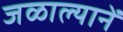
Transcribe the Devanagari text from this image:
जळाल्यानें